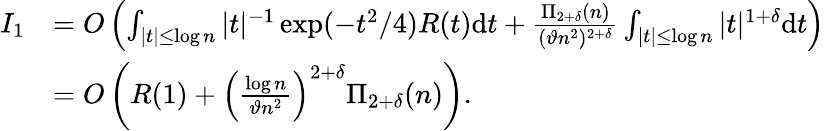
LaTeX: \begin{array}{rl}{I_{1}}&{=O\left(\int_{|t|\leq\log n}|t|^{-1}\exp(-t^{2}/4)R(t)\mathrm{d}t+\frac{\Pi_{2+\delta}(n)}{(\vartheta n^{2})^{2+\delta}}\int_{|t|\leq\log n}|t|^{1+\delta}\mathrm{d}t\right)}\\ &{=O\left(R(1)+\left(\frac{\log n}{\vartheta n^{2}}\right)^{2+\delta}\Pi_{2+\delta}(n)\right).}\end{array}